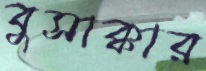
বুসাক্কার